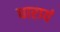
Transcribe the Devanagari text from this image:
धारायं